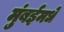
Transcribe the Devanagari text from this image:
मुंबईमधे